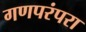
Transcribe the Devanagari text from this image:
गणपरंपरा